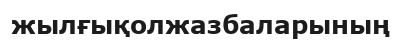
жылғықолжазбаларының